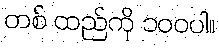
တစ် ထည်ကို ၁၀၀ပါ။